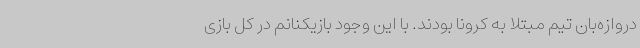
دروازه‌بان تیم مبتلا به کرونا بودند. با این وجود بازیکنانم در کل بازی